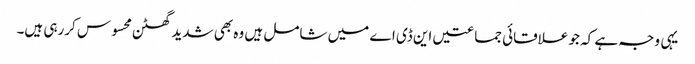
یہی وجہ ہے کہ جو علاقائی جماعتیں این ڈی اے میں شامل ہیں وہ بھی شدید گھٹن محسوس کررہی ہیں۔